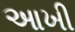
આખી